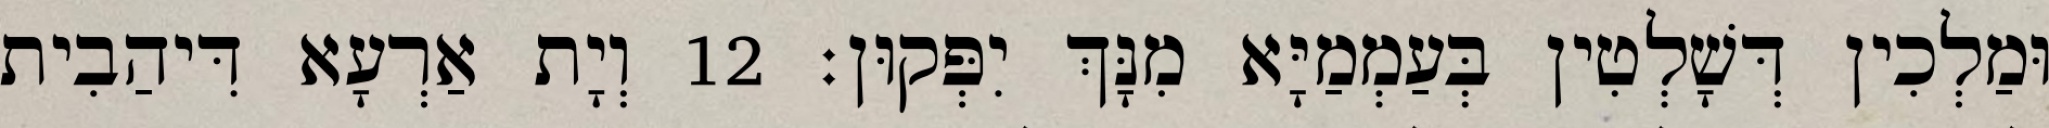
וּמַלְכִין דְּשָׁלְטִין בְּעַמְמַיָּא מִנָּךְ יִפְּקוּן׃ 12 וְיָת אַרְעָא דִּיהַבִית